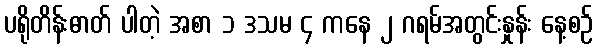
ပရိုတိန်းဓာတ် ပါတဲ့ အစာ ၁ ဒသမ ၄ ကနေ ၂ ဂရမ်အတွင်းနှုန်း နေ့စဉ်